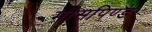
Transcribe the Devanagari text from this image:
मांसपिण्ड